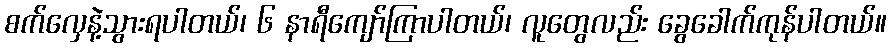
စက်လှေနဲ့သွားရပါတယ်၊ ၆ နာရီကျော်ကြာပါတယ်၊ လူတွေလည်း ခွေခေါက်ကုန်ပါတယ်။